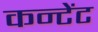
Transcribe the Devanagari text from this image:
कन्टेंट